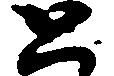
と